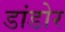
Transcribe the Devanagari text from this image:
डांडोर